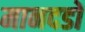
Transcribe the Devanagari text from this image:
मानदडों